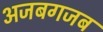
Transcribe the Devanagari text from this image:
अजबगजब